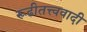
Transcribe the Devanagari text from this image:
रूढीतत्त्ववादी